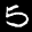
Label: 5